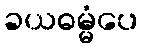
ခယဓမ္မံပေ